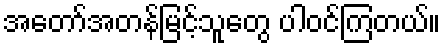
အတော်အတန်မြင့်သူတွေ ပါဝင်ကြတယ်။